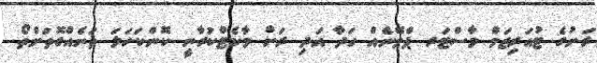
ރަށުގެ ޓުއަރިޒަމް މާސްޓަރ ޕްލޭނެއް ހަދާ އަދި ރަށް މާކެޓްކުރާނީ ކޮންކަހަލަ ތަނެއްގޮތަށްތޯ